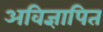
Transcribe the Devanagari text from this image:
अविज्ञापित